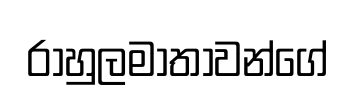
රාහුලමාතාවන්ගේ